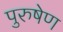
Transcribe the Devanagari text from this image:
पुरुषेण